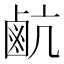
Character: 䴚